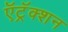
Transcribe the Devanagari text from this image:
ऍट्रॅक्शन